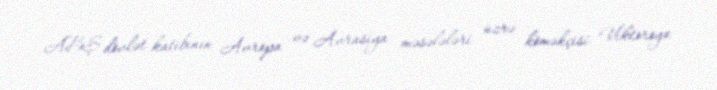
ABŞ dövlət katibinin Avropa və Avrasiya məsələləri üzrə köməkçisi Viktoroya